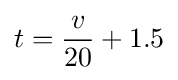
t={\frac {v}{20}}+1.5